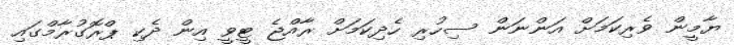
ޔާމީން ވެރިކަމަށް އަންނަން ސިހުރި ހެދިކަމަށް ރާއްޖެ ޓީވީ އިން ދެކި ޕްރޮގުރާމްގައި